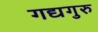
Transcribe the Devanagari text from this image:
गद्यगुरु